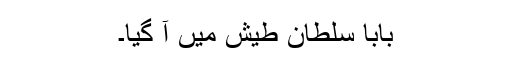
بابا سلطان طیش میں آ گیا۔